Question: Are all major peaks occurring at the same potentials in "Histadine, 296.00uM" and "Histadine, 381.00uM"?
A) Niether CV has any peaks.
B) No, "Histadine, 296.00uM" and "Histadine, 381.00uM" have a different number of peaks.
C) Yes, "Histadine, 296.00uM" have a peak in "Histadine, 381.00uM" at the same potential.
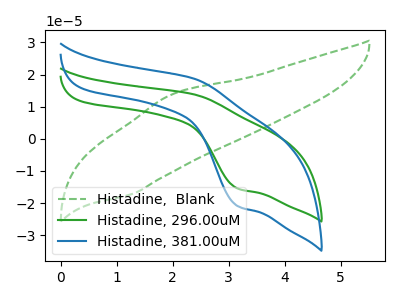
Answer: <think>The green dashed curve "Histadine,  Blank" has an anodic peak at (2.00V, 13.75uA) and a cathodic peak at (1.25V, -17.20uA). The green curve "Histadine, 296.00uM" has an anodic peak at (2.40V, 13.85uA) and a cathodic peak at (3.15V, -15.50uA). The blue curve "Histadine, 381.00uM" has an anodic peak at (2.40V, 18.75uA) and a cathodic peak at (3.15V, -20.95uA).</think>
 <answer>C) Yes, "Histadine, 296.00uM" have a peak in "Histadine, 381.00uM" at the same potential.</answer>
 <eval>C</eval>